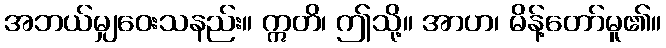
အဘယ်မျှဝေးသနည်း။ ဣတိ၊ ဤသို့။ အာဟ၊ မိန့်တော်မူ၏။